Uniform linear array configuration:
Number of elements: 12
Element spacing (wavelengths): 0.75
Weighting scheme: blackman
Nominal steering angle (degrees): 60
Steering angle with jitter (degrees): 61.999
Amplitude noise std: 0.05
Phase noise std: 0.05

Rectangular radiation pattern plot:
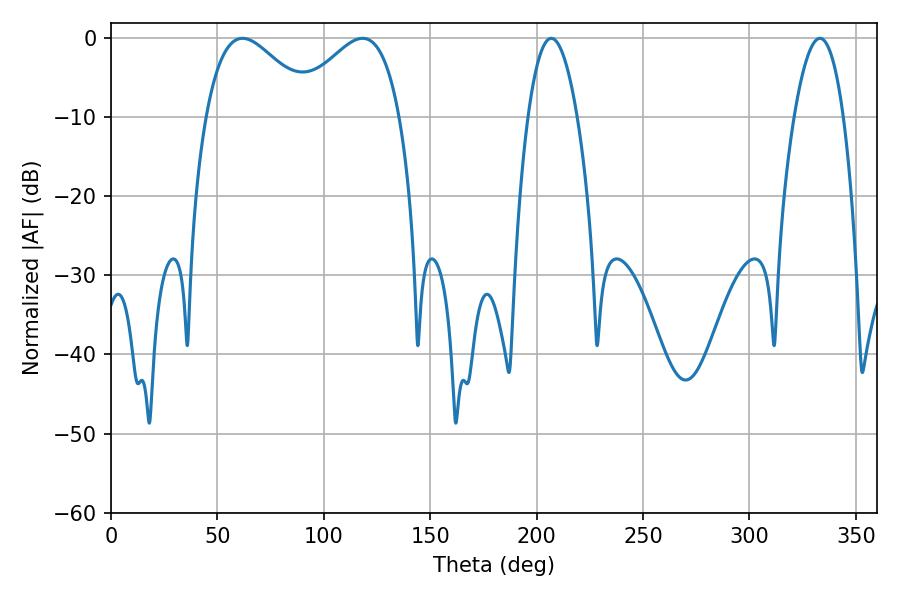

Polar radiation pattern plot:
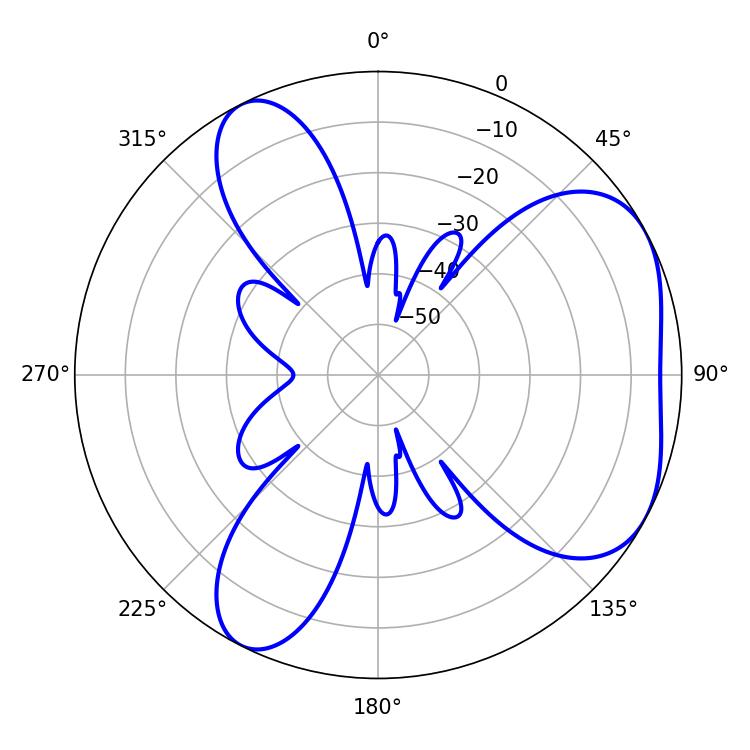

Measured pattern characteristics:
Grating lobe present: TRUE
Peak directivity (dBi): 4.695
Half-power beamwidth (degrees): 27.36
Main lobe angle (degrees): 61.74